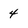
Character: 4